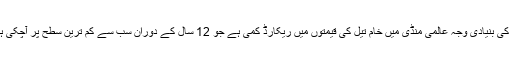
اس کی بنیادی وجہ عالمی منڈی میں خام تیل کی قیمتوں میں ریکارڈ کمی ہے جو 12 سال کے دوران سب سے کم ترین سطح پر آچکی ہے۔